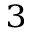
^ { 3 }